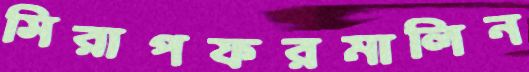
সিরাপফরমালিন